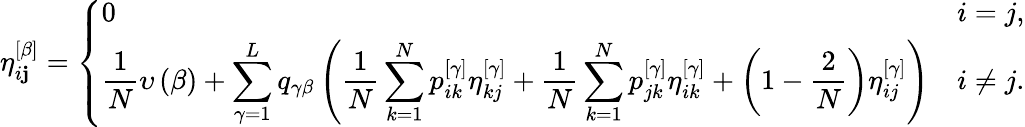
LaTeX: \eta_{i\mathbf{j}}^{\left[\beta\right]}=\left\{ \begin{array}{ll}{\displaystyle 0}&{\displaystyle i=j,}\\ {\displaystyle\frac{1}{N}\upsilon\left(\beta\right)+\sum_{\gamma=1}^{L}q_{\gamma\beta}\left(\frac{1}{N}\sum_{k=1}^{N}p_{ik}^{\left[\gamma\right]}\eta_{kj}^{\left[\gamma\right]}+\frac{1}{N}\sum_{k=1}^{N}p_{jk}^{\left[\gamma\right]}\eta_{ik}^{\left[\gamma\right]}+\left(1-\frac{2}{N}\right)\eta_{ij}^{\left[\gamma\right]}\right)}&{\displaystyle i\neq j.}\end{array}\right.